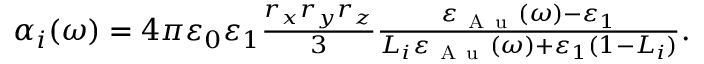
\begin{array} { r } { \alpha _ { i } ( \omega ) = 4 \pi \varepsilon _ { 0 } \varepsilon _ { 1 } \frac { r _ { x } r _ { y } r _ { z } } { 3 } \frac { \varepsilon _ { \mathrm { ~ A ~ u ~ } } ( \omega ) - \varepsilon _ { 1 } } { L _ { i } \varepsilon _ { \mathrm { ~ A ~ u ~ } } ( \omega ) + \varepsilon _ { 1 } ( 1 - L _ { i } ) } . } \end{array}